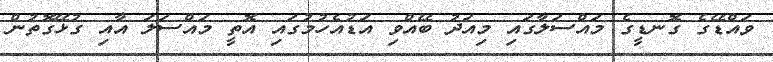
ވައްޑޭގެ ގޮނޑީގެ މައްސަލާގައި މިއަދު ބޭއްވި އަޑުއެހުމުގައި އޮތީ މައްސަލަ އާއި ގުޅޭގޮތުން